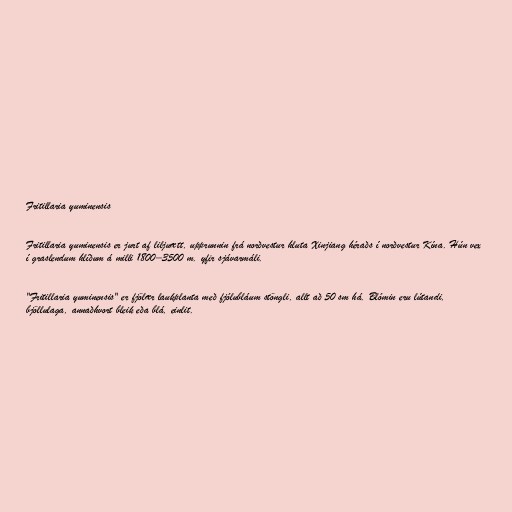
Fritillaria yuminensis

Fritillaria yuminensis er jurt af liljuætt, upprunnin frá norðvestur hluta Xinjiang héraðs í norðvestur Kína. Hún vex
í graslendum hlíðum á milli 1800–3500 m. yfir sjávarmáli.

"Fritillaria yuminensis" er fjölær laukplanta með fjólubláum stöngli, allt að 50 sm há. Blómin eru lútandi,
bjöllulaga, annaðhvort bleik eða blá, einlit.